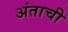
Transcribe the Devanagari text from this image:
अंताची